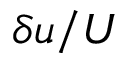
\delta u / U